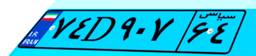
۷۴D۹۰۷۶۴